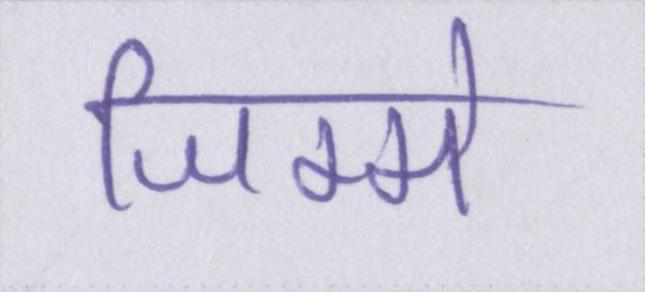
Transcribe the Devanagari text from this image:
जिम्मे